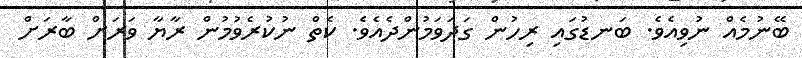
ބޭނުމެއް ނުވިއެވެ. ބަނޑުގައި ރިހުން ގަދަވަމުންދެއެވެ. ކެތް ނުކުރެވުމުން ރާޔާ ވަރަށް ބާރަށް